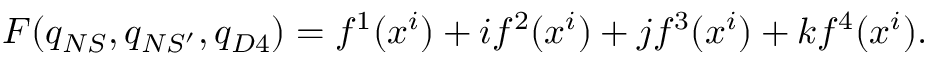
F ( q _ { N S } , q _ { N S ^ { \prime } } , q _ { D 4 } ) = f ^ { 1 } ( x ^ { i } ) + i f ^ { 2 } ( x ^ { i } ) + j f ^ { 3 } ( x ^ { i } ) + k f ^ { 4 } ( x ^ { i } ) .